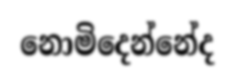
නොමිදෙන්නේද